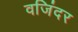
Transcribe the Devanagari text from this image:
वजिंदर